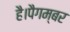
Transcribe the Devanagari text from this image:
है।पैगम्बर